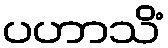
ပဟာသိံ